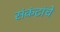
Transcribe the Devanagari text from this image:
संकंटांचे